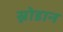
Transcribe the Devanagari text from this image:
स्नोडान